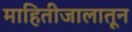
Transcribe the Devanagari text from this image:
माहितीजालातून